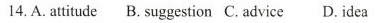
14. A. attitude B. suggestion C. advice D. idea